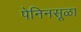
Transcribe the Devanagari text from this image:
पेनिनसूळा